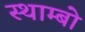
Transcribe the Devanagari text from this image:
स्थाम्बो